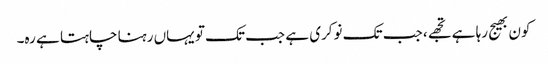
کون بھیج رہا ہے تجھے، جب تک نوکری ہے جب تک تو یہاں رہنا چاہتا ہے رہ۔